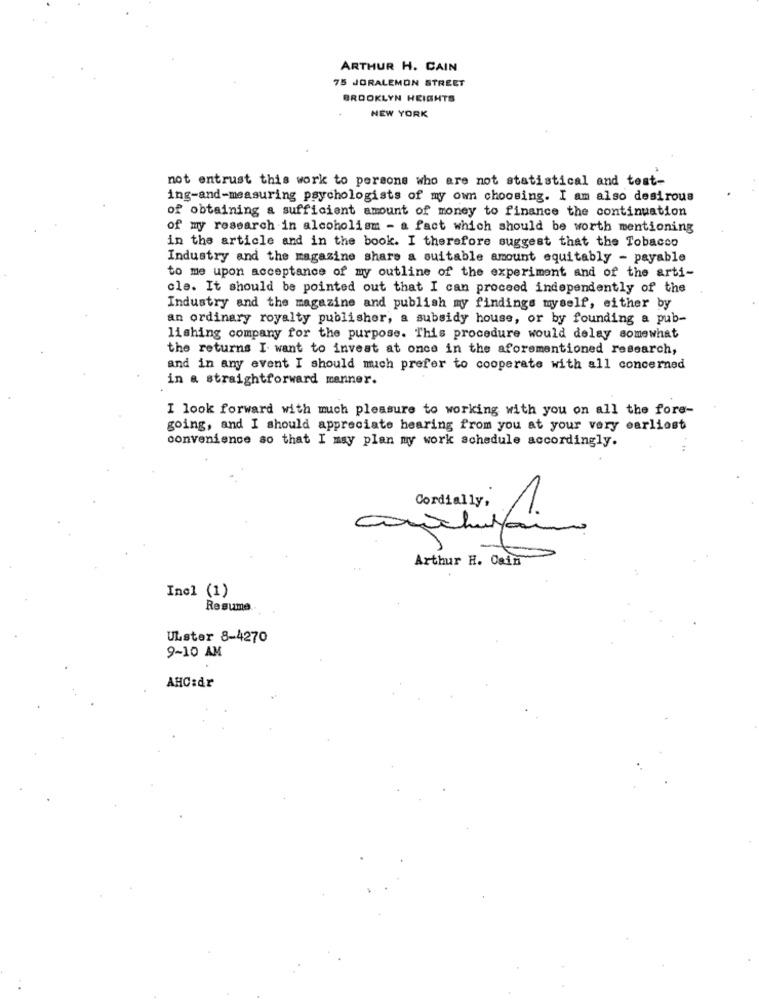
ARTHUR H. CAIN
75 JORALEMON STREET
BROOKLYN HEIGHTS
NEW YORK
not entrust this work to persons who are not statistical and test-
ing-and-measuring psychologists of my own choosing. I am also desirous
of obtaining a sufficient amount of money to finance the continuation
of my research in alcoholism - a fact which should be worth mentioning
in the article and in the book. I therefore suggest that the Tobacco
Industry and the magazine share a suitable amount equitably - payable
to me upon acceptance of my outline of the experiment and of the arti-
cle. It should be pointed out that I can proceed independently of the
Industry and the magazine and publish my findings myself, either by
an ordinary royalty publisher, a subsidy house, or by founding a pub-
lishing company for the purpose. This procedure would delay somewhat
the returns I want to invest at once in the aforementioned research,
and in any event I should much prefer to cooperate with all concerned
in a straightforward manner.
I look forward with much pleasure to working with you on all the fore-
going, and I should appreciate hearing from you at your very earliest
convenience so that I may plan my work schedule accordingly.
Cordially,
Arthur H. Csin
Incl (1)
Resume
ULster 8-4270
9-10 AM
AHC:dr